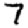
Digit: 7